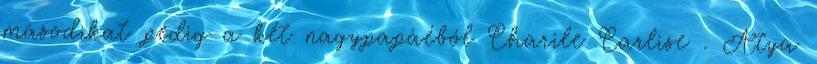
másodikat pedig a két nagypapáéból Charile Carlise . Atya